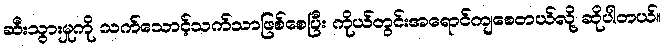
ဆီးသွားမှုကို သက်သောင့်သက်သာဖြစ်စေပြီး ကိုယ်တွင်းအရောင်ကျစေတယ်လို့ ဆိုပါတယ်။